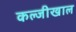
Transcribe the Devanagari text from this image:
कल्जीखाल